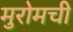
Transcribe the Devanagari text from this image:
मुरोमची